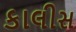
કાલીસ